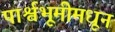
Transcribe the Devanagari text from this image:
पार्श्वभूमीमधून